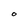
Character: O